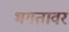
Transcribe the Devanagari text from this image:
भगतावर